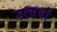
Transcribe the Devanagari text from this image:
उत्‍सवों